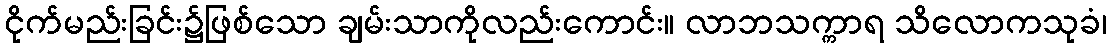
ငိုက်မည်းခြင်း၌ဖြစ်သော ချမ်းသာကိုလည်းကောင်း။ လာဘသက္ကာရ သိလောကသုခံ၊